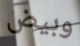
وبيض